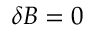
\delta B = 0